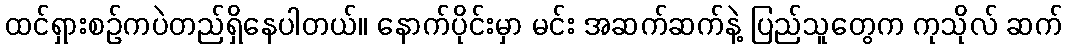
ထင်ရှားစဉ်ကပဲတည်ရှိနေပါတယ်။ နောက်ပိုင်းမှာ မင်း အဆက်ဆက်နဲ့ ပြည်သူတွေက ကုသိုလ် ဆက်